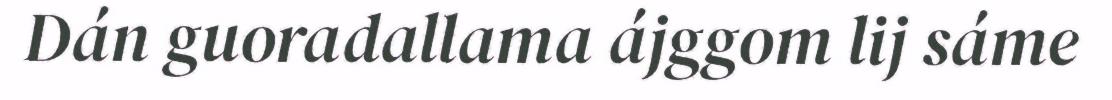
Dán guoradallama ájggom lij sáme